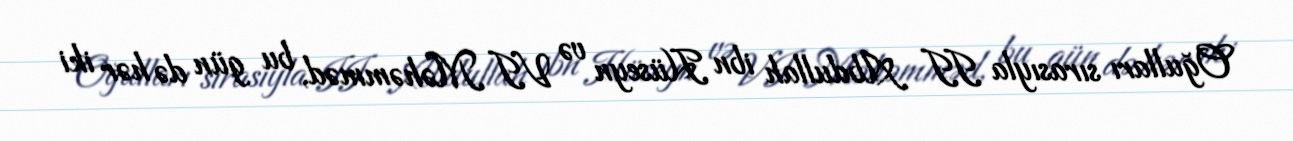
Oğulları sırasıyla II Abdullah ibn Hüseyn və VI Məhəmməd, bu gün də hər iki